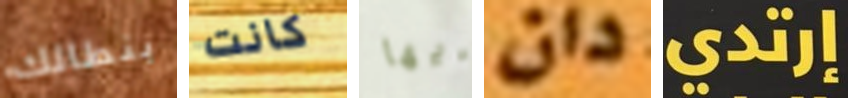
بنطالك كانت أيها دان إرتدي